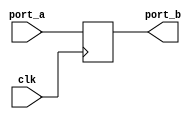
module FLP_NO_SRST (port_a, clk, port_b);
   input port_a, clk;
   output reg port_b;
   always@(posedge clk)
   begin: block_A
      port_b <= port_a;
   end
endmodule